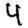
Digit: 4